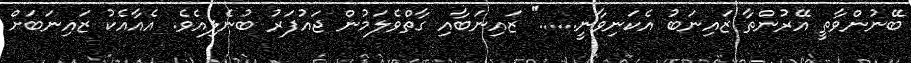
ބޭނުންވާތީ އޭރުންތާ ޒައިނަބު އެކަނިވާނީ......'' ޒައިނަބާއި ގާތްވެލަމުން ޖައުފަރު ބުނެލިއެވެ. އެއާއެކު ޒައިނަބަށް